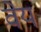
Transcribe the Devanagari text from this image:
वेय